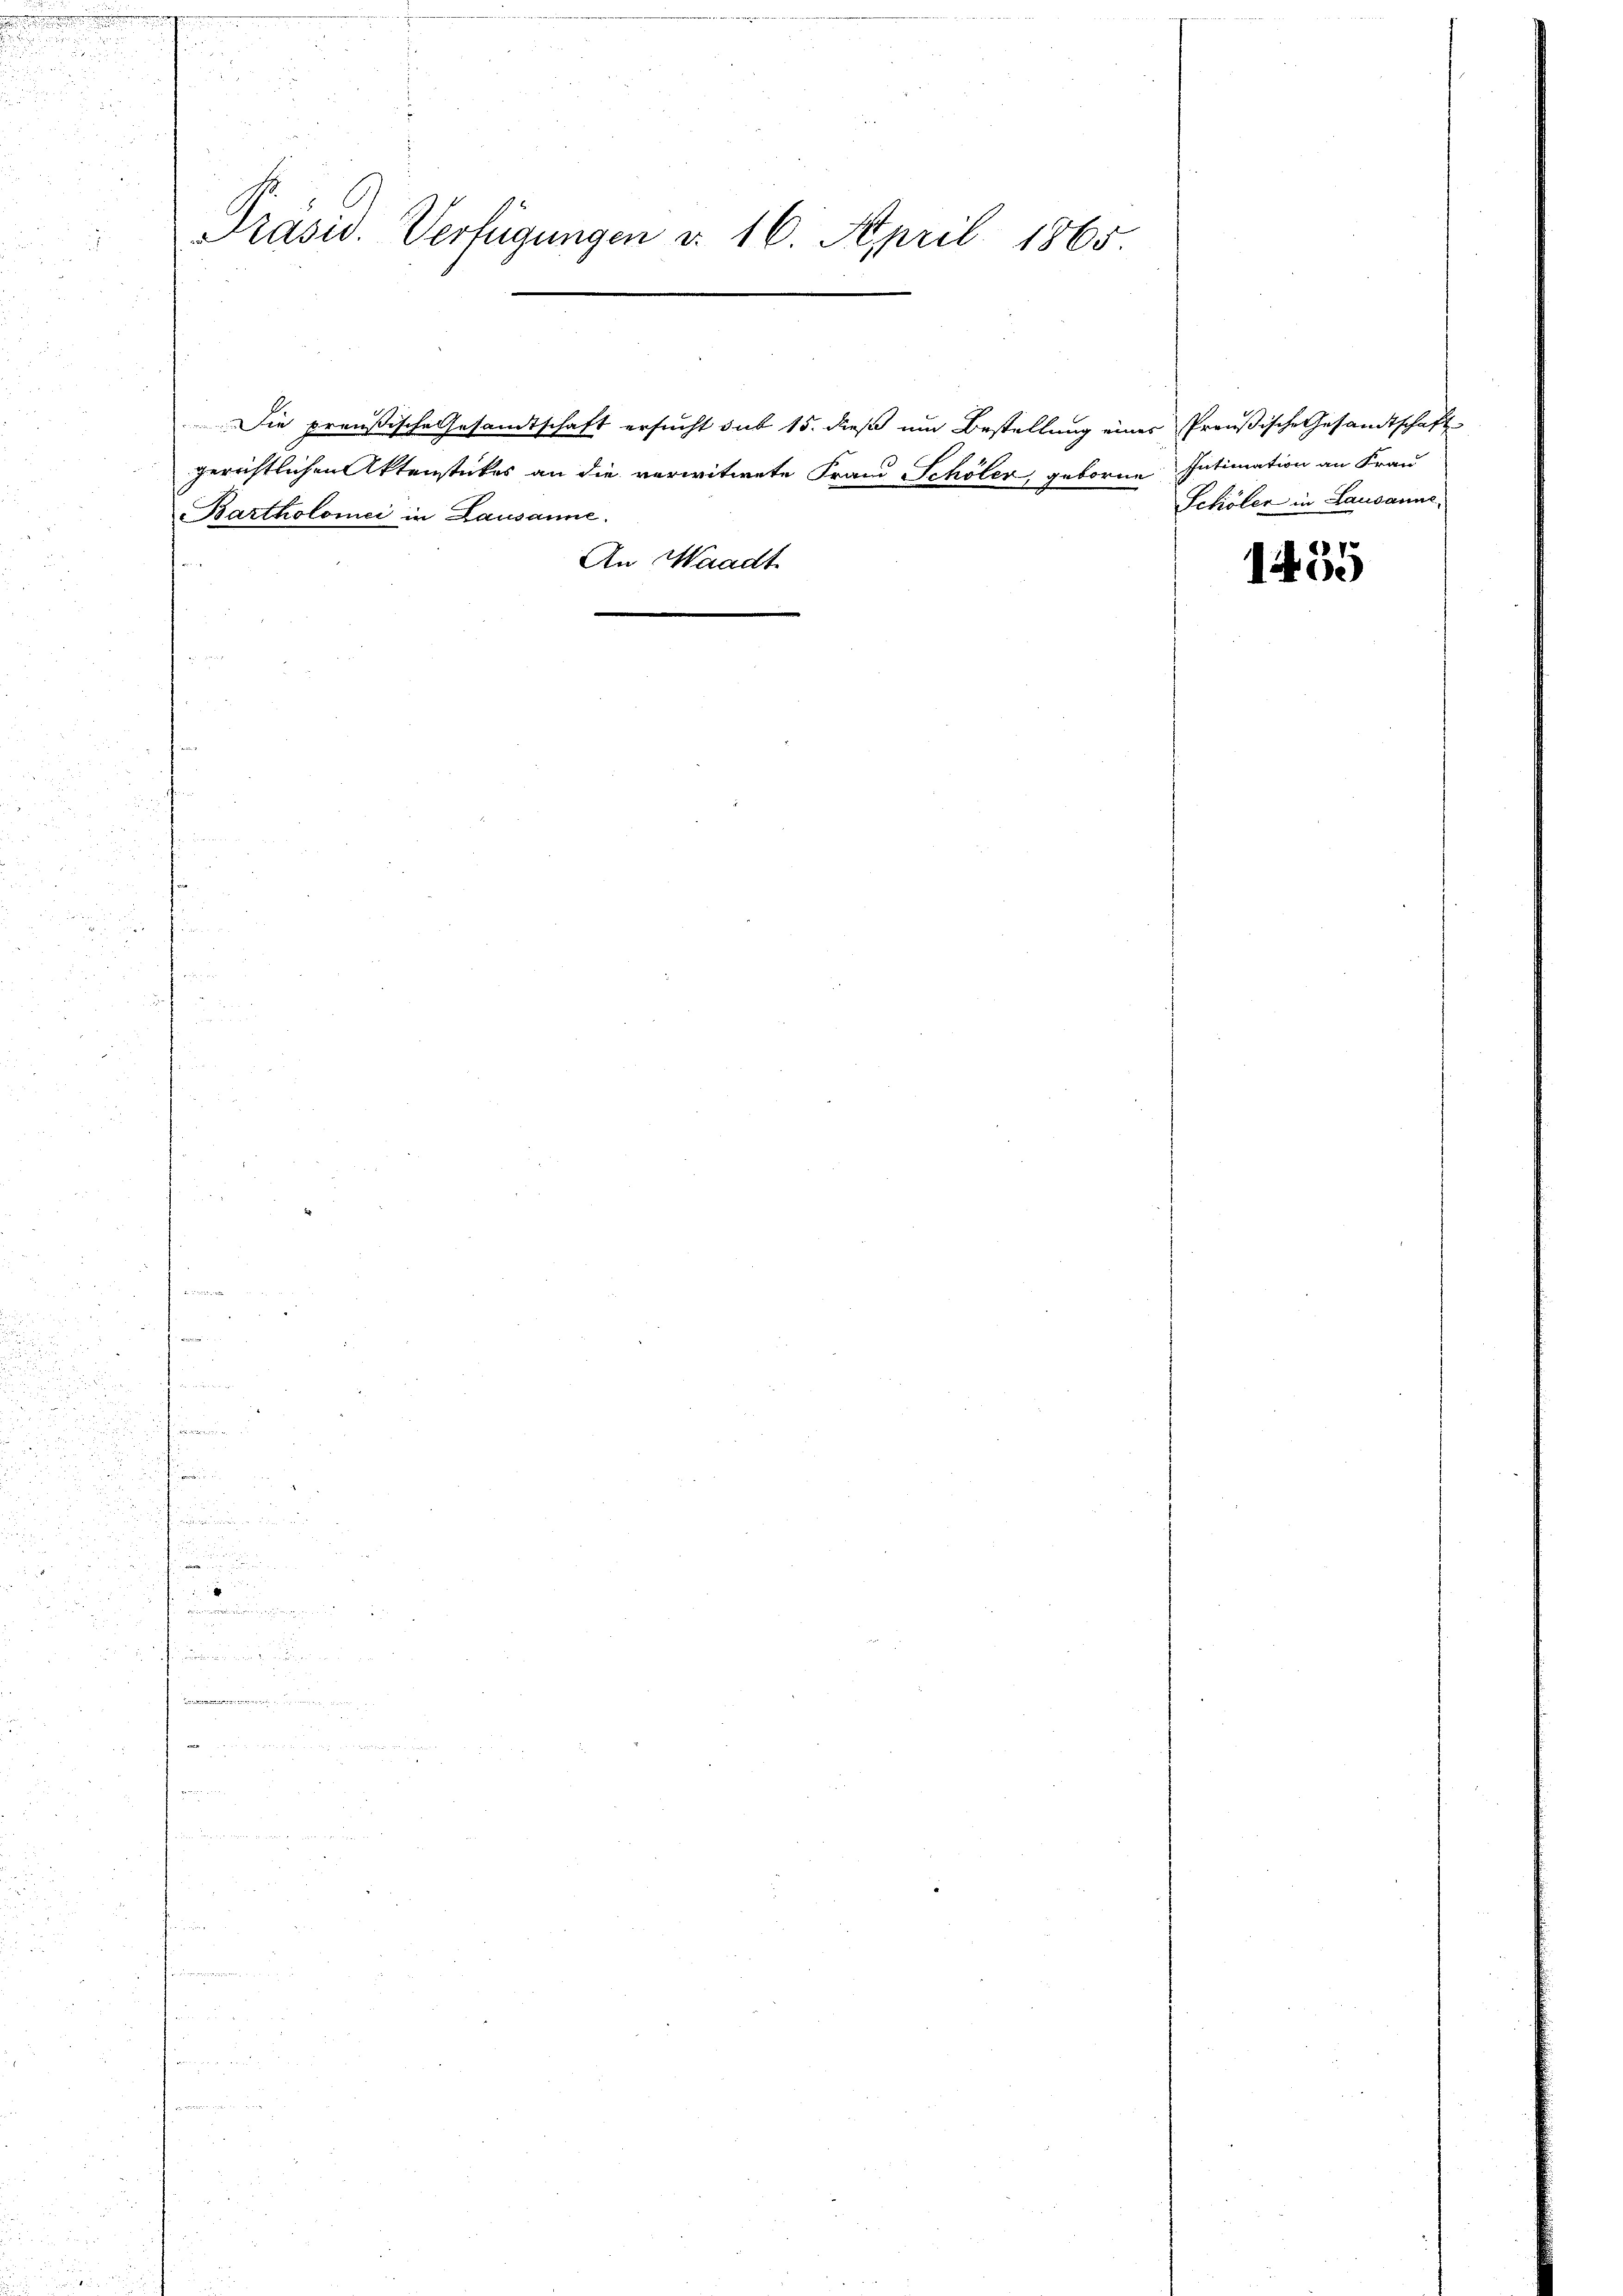
e

d

n

Präsid. Verfügungen u. 16. April 1865

Bartholomei in Lausanne.
.

An Waadt

gerichtlichen Aktenstückes an die verwitwete Frand Schöler, geborne Intimation an Frau

Die preußische Gesandtschaft ersucht sub 15. dieß um Bestellung eines Preußische Gesandtschaft

Schöler in Lausanne

1455